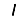
Digit: 1